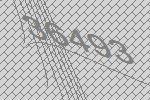
36493